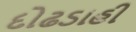
દોઢડાહી